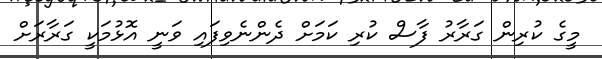
މީގެ ކުރިން ގަރާރު ފާސް ކުރި ކަމަށް ދެންނެވިފައި ވަނީ އޮޅުމަކީ ގަރާރަށް